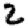
Digit: 2